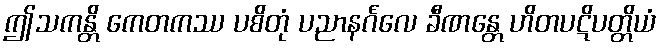
ဤသကန္တိ ကေတကဿ ပစိတုံ ပညာနင်္ဂလေ ခီဏန္တေ ဟိတပဋိပတ္တိယံ